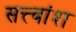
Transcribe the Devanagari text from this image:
सत्त्वांश